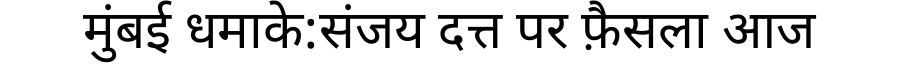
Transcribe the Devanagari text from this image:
मुंबई धमाके:संजय दत्त पर फ़ैसला आज